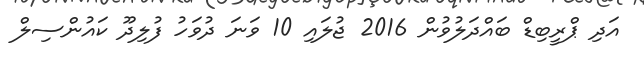
އަދި ޕްރީބިޑް ބައްދަލުވުން 2016 ޖުލައި 10 ވަނަ ދުވަހު ފުލިދޫ ކައުންސިލް